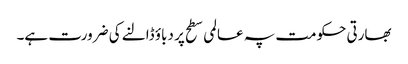
بھارتی حکومت پہ عالمی سطح پر دباؤ ڈالنے کی ضرورت ہے۔